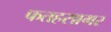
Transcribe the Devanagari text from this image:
फतहसागर